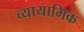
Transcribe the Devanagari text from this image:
व्यायामिक